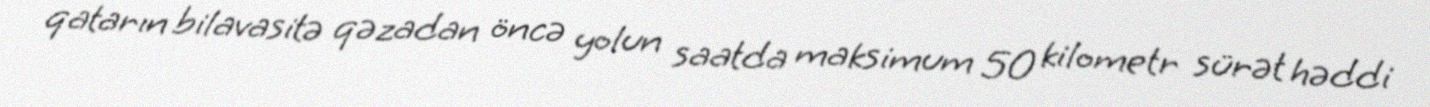
qatarın bilavasitə qəzadan öncə yolun saatda maksimum 50 kilometr sürət həddi